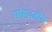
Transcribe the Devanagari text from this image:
पोहचतोय